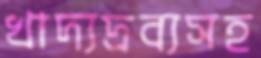
খাদ্যদ্রব্যসহ